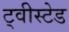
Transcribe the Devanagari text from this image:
ट्वीस्टेड